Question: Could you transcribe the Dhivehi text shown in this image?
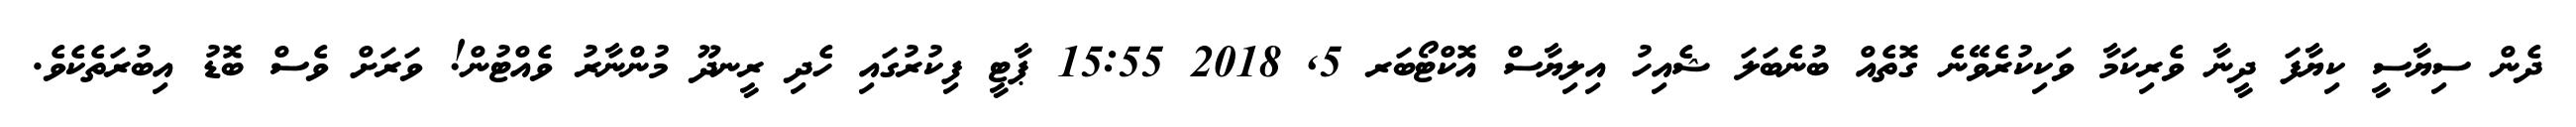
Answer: ދެން ސިޔާސީ ކިޔާފަ ދީނާ ވެރިކަމާ ވަކިކުރެވޭނެ ގޮތެއް ބުނެބަލަ ޝެއިހު އިލިޔާސް އޮކްޓޯބަރ 5, 2018 15:55 ޕާޓީ ފިކުރުގައި ހެދި ރީނދޫ މުންނާރު ވެއްޓުން! ވަރަށް ވެސް ބޮޑު އިބުރަތެކެވެ.